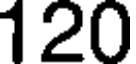
120